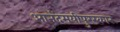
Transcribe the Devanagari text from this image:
आनंदमयीपुरस्कार